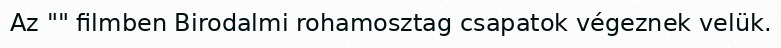
Az "" filmben Birodalmi rohamosztag csapatok végeznek velük.